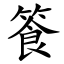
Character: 篒